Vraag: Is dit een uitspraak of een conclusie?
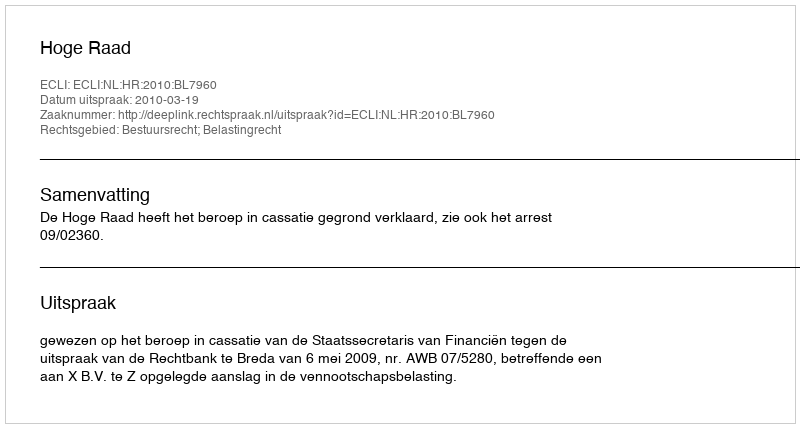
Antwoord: Uitspraak